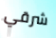
شرقي